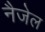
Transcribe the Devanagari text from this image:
नैजेल